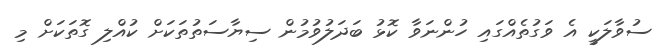
ސުވާލަކީ އެ ވަގުތެއްގައި ހުންނަވާ ކޮޅު ބަދަލުވުމުން ސިޔާސަތުތަކަށް ކުއްލި ގޮތަކަށް މި